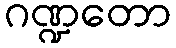
ဂဏ္ဍတော